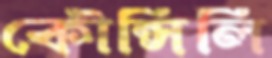
কৌন্সিলি